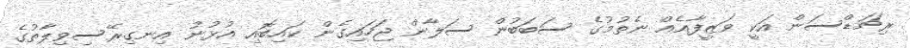
ރިޗަޑްސަން އަކީ ވަޒީފާއެއް ނެތުމުގެ ސަބަބުން ސަލާން ޖަހައިގެން ކައިބޮއި އުޅުނު އިނގިރޭސިވިލާތުގެ